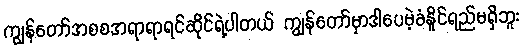
ကျွန်တော်အစစအရာရာရင်ဆိုင်ရဲ့ပါတယ် ကျွန်တော်မှာဒါပေမဲ့ခံနိူင်ရည်မရှိဘူး